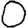
Digit: 0